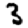
Digit: 3